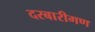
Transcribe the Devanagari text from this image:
दरबारीगण